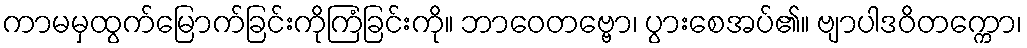
ကာမမှထွက်မြောက်ခြင်းကိုကြံခြင်းကို။ ဘာဝေတဗ္ဗော၊ ပွားစေအပ်၏။ ဗျာပါဒဝိတက္ကော၊